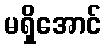
မရှိအောင်